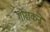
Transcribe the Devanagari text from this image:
गोराकने